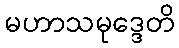
မဟာသမုဒ္ဒေတိ